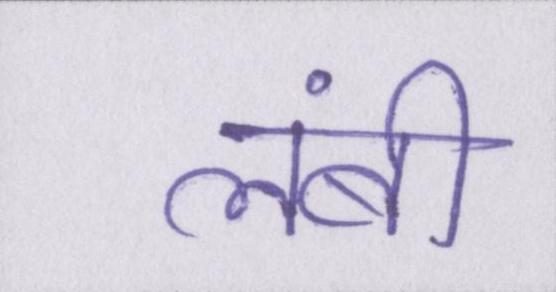
लंबी